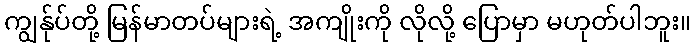
ကျွန်ုပ်တို့ မြန်မာတပ်များရဲ့ အကျိုးကို လိုလို့ ပြောမှာ မဟုတ်ပါဘူး။